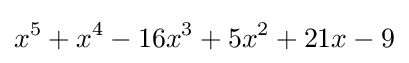
x^{5}+x^{4}-16x^{3}+5x^{2}+21x-9